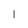
Character: 1